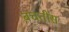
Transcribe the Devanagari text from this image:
बचतीस